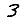
Digit: 3